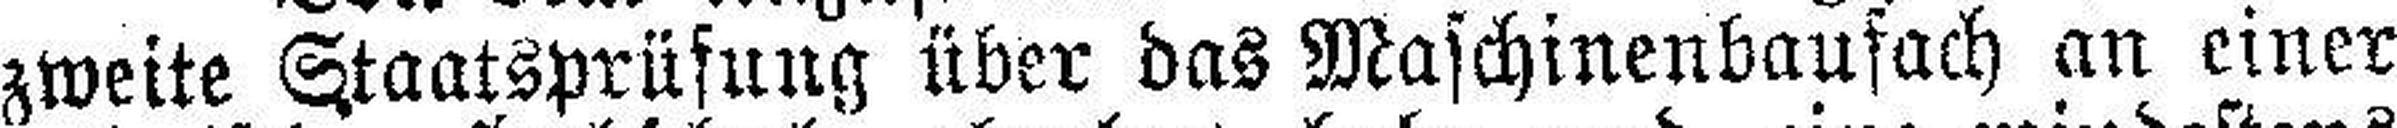
zweite Staatsprüsung über das Maschinenbaufach an einer